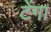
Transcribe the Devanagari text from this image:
टेंगा